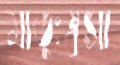
মাতুঃষ্বসা